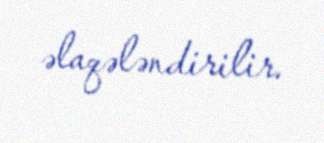
əlaqələndirilir.